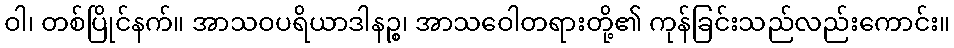
ဝါ၊ တစ်ပြိုင်နက်။ အာသဝပရိယာဒါနဉ္စ၊ အာသဝေါတရားတို့၏ ကုန်ခြင်းသည်လည်းကောင်း။